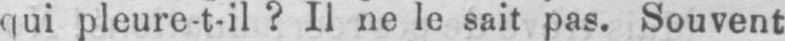
qui pleure-t-il? Il ne le sait pas. Souvent